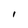
Character: I